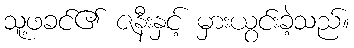
သူ့ဖခင်၏ ဇနီးနှင့် မှားယွင်းခဲ့သည်။